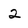
Character: 2